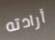
أرادته